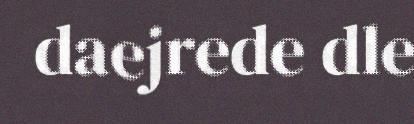
daejrede dle